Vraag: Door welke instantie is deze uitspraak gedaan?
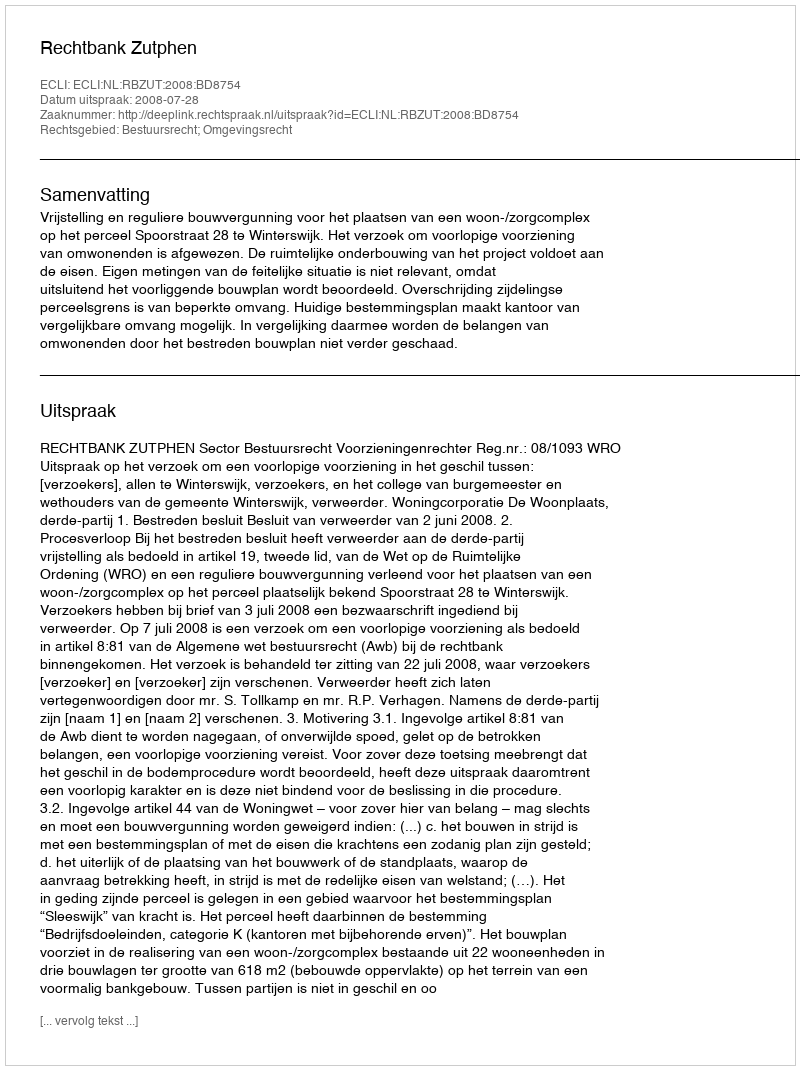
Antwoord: Rechtbank Zutphen